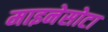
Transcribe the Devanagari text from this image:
माइनेसोटा